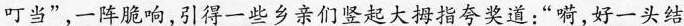
叮当”，一阵脆响，引得一些乡亲们竖起大拇指夸奖道：”嗬，好一头结